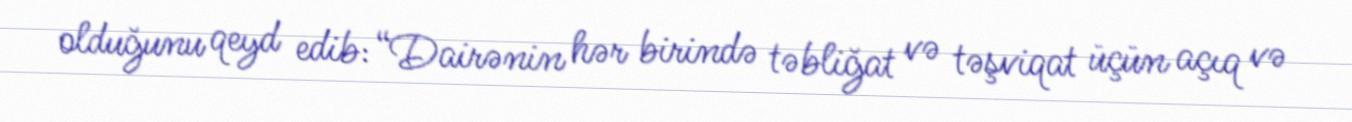
olduğunu qeyd edib: “Dairənin hər birində təbliğat və təşviqat üçün açıq və